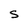
Character: S